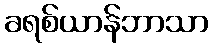
ခရစ်ယာန်ဘာသာ